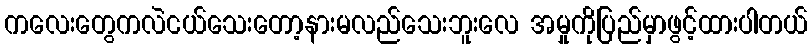
ကလေးတွေကလဲငယ်သေးတော့နားမလည်သေးဘူးလေ အမှုကိုပြည်မှာဖွင့်ထားပါတယ်